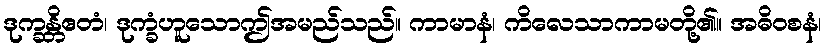
ဒုက္ခန္တိဧတံ၊ ဒုက္ခံဟူသောဤအမည်သည်။ ကာမာနံ၊ ကိလေသာကာမတို့၏။ အဓိဝစနံ၊